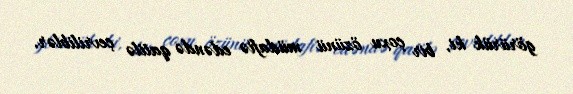
görürük ki, bir çoxu özünü müdafiə edəndə qatilə çevriliblər.